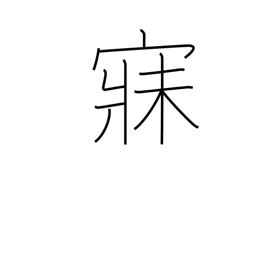
Meaning: sleep